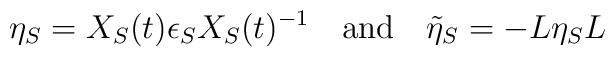
\eta_S = X_S (t) \epsilon_S X_S (t)^{-1} \quad {\rm and} \quad\tilde{\eta}_S = - L \eta_S L